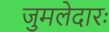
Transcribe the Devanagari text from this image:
जुमलेदारः